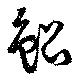
鯤